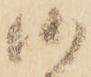
候